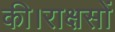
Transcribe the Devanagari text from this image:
की।राक्षसों